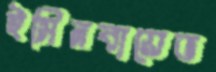
ইসিনবায়েভ